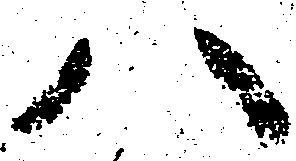
ハ